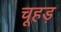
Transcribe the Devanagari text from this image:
चूहड़